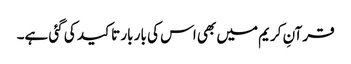
قرآنِ کریم میں بھی اس کی بار بار تاکید کی گئی ہے۔